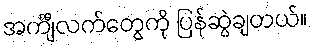
အင်္ကျီလက်တွေကို ပြန်ဆွဲချတယ်။